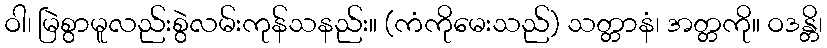
ဝါ၊ မြဲစွာမူလည်းစွဲလမ်းကုန်သနည်း။ (ကံကိုမေးသည်) သတ္တာနံ၊ အတ္တကို။ ဝဒန္တိ၊